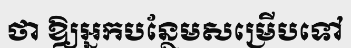
ថា ឱ្យអ្នកបន្ថែមសម្រើបទៅ